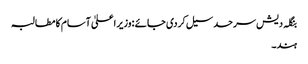
بنگلہ دیش سرحد سیل کردی جا ئے :وزیر اعلیٰ آسام کا مطالبہ
ہند۔